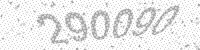
Solution: 290090